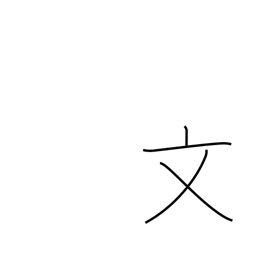
Meaning: literary radical (no. 67)